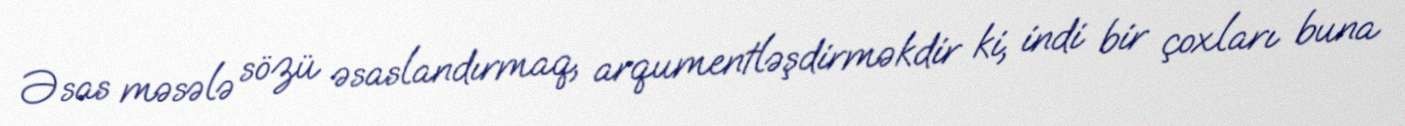
Əsas məsələ sözü əsaslandırmaq, arqumentləşdirməkdir ki, indi bir çoxları buna